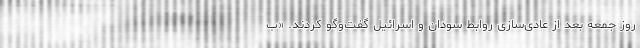
روز جمعه بعد از عادی‌سازی روابط سودان و اسرائیل گفت‌وگو کردند. «ب